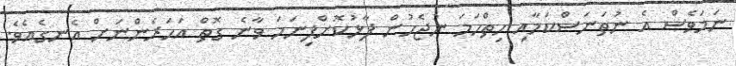
ނަމަވެސް އެ ނުތަނަސްކަމާއި ހިތްހަމަ ނުޖެހުން ފާޅުކޮށްފިނަމަ ވާނެ ގޮތް އަހަރެންނަށް އެނގެއެވެ.